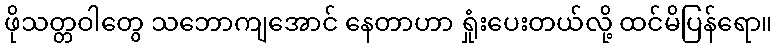
ဖိုသတ္တဝါတွေ သဘောကျအောင် နေတာဟာ ရှုံးပေးတယ်လို့ ထင်မိပြန်ရော။